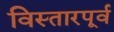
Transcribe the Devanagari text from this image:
विस्तारपूर्व